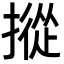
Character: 摐